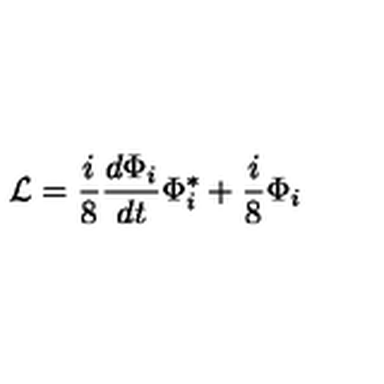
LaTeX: { \cal { L } } = \frac { i } { 8 } \frac { d \Phi _ { i } } { d t } \Phi _ { i } ^ { * } + \frac { i } { 8 } \Phi _ { i }